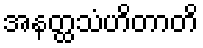
အနတ္ထသံဟိတာတိ